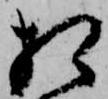
相